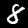
Label: 8